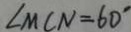
\angle M C N = 6 0 ^ { \circ }